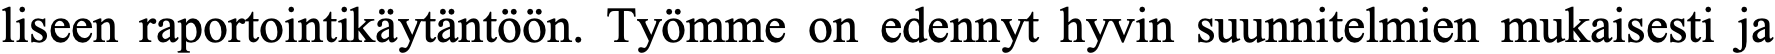
liseen raportointikäytäntöön. Työmme on edennyt hyvin suunnitelmien mukaisesti ja